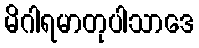
မိဂါရမာတုပါသာဒေ